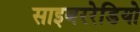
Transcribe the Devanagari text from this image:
साइबररेडियो